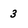
Character: 3